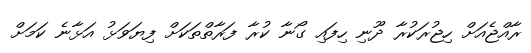
ރާއްޖެއަށް ހިޖުރަކުރާ ދޫނި ހިފައި ގޯނާ ކުރާ ފަރާތްތަކަށް ފިޔަވަޅު އަޅާނެ ކަމަށް